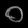
Digit: ၀